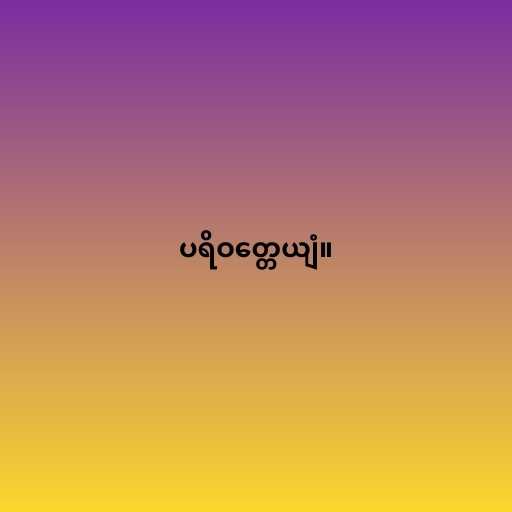
ပရိဝတ္တေယျံ။